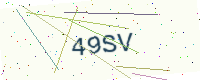
Text: 49SV